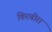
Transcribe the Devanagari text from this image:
किरबीरा